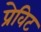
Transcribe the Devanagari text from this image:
प्रेविट